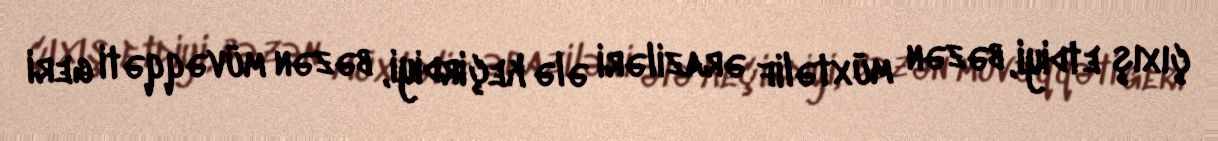
çıxış etdiyi, bəzən müxtəlif əraziləri ələ keçirdiyi, bəzən müvəqqəti geri